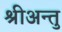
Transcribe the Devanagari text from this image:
श्रीअन्तु